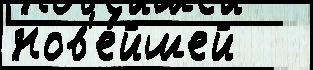
нов'е́йшей